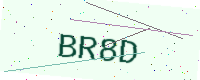
Text: BR8D